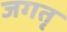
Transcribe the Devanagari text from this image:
जगतृ